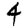
Digit: 4